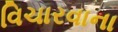
વિચારવાના